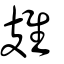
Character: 䧴